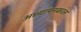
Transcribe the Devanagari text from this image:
अध्यापनकाल